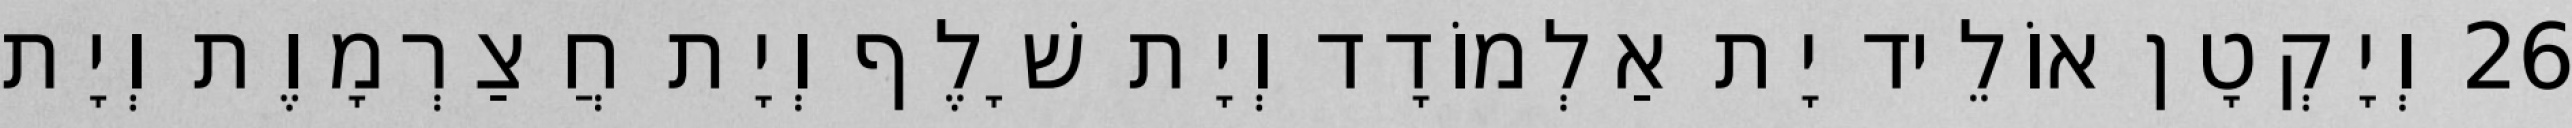
26 וְיָקְטָן אוֹלֵיד יָת אַלְמוֹדָד וְיָת שָׁלֶף וְיָת חֲצַרְמָוֶת וְיָת